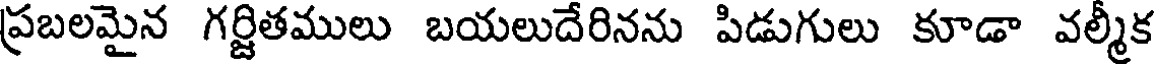
ప్రబలమైన గర్జితములు బయలుదేరినను పిడుగులు కూడా వల్మీక